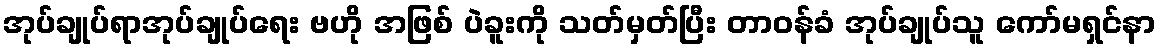
အုပ်ချုပ်ရာအုပ်ချုပ်ရေး ဗဟို အဖြစ် ပဲခူးကို သတ်မှတ်ပြီး တာဝန်ခံ အုပ်ချုပ်သူ ကော်မရှင်နာ